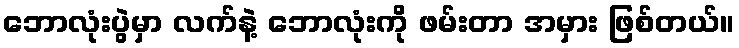
ဘောလုံးပွဲမှာ လက်နဲ့ ဘောလုံးကို ဖမ်းတာ အမှား ဖြစ်တယ်။